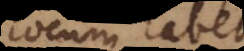
locum habet